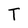
Character: T